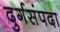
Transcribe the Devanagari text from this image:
दुर्गसंपदा